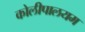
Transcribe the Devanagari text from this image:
कोलीपालयम